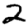
Digit: 2